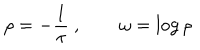
LaTeX: \rho = - { \frac { 1 } { \tau } } \ , \qquad \omega = \log \rho